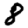
Digit: 8